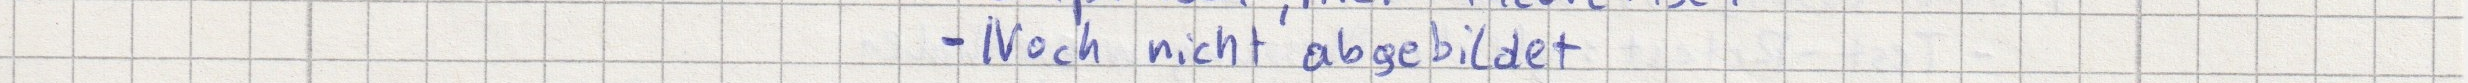
- Noch nicht abgebildet